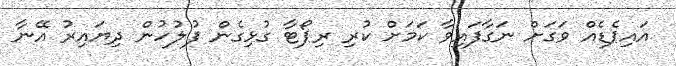
އައިޕެޑެއް ވަގަށް ނަގާފައިވާ ކަމަށް ކުރި ރިޕޯޓާ ގުޅިގެން ފުލުހުން ދިޔައިރު އޭނާ